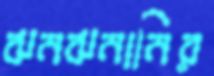
ঝনঝনানির